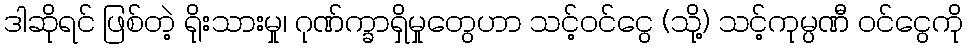
ဒါဆိုရင် ဖြစ်တဲ့ ရိုးသားမှု၊ ဂုဏ်က္ခာရှိမှုတွေဟာ သင့်ဝင်ငွေ (သို့) သင့်ကုမ္ပဏီ ဝင်ငွေကို